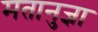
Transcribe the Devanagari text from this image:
मतानुज्ञा